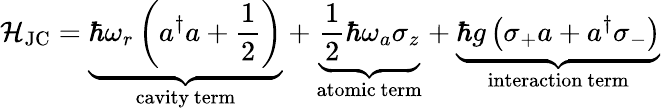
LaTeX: {\mathcal{H}}_{\mathrm{JC}}=\underbrace{\hbar\omega_{r}\left(a^{\dagger}a+{\frac{1}{2}}\right)}_{\mathrm{cavity~term}}+\underbrace{{\frac{1}{2}}\hbar\omega_{a}\sigma_{z}}_{\mathrm{atomic~term}}+\underbrace{\hbar g\left(\sigma_{+}a+a^{\dagger}\sigma_{-}\right)}_{\mathrm{interaction~term}}